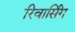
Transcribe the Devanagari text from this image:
रिवार्सिंग